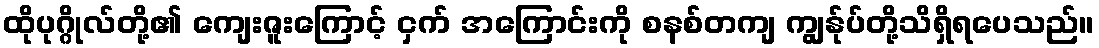
ထိုပုဂ္ဂိုလ်တို့၏ ကျေးဇူးကြောင့် ငှက် အကြောင်းကို စနစ်တကျ ကျွန်ုပ်တို့သိရှိရပေသည်။